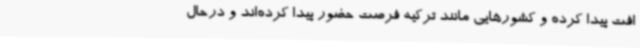
افت پیدا کرده و کشورهایی مانند ترکیه فرصت حضور پیدا کرده‌اند و درحال